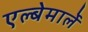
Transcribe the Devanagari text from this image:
एल्बेमार्ले